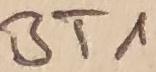
Text: BT1